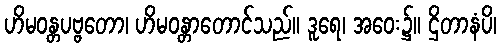
ဟိမဝန္တပဗ္ဗတော၊ ဟိမဝန္တာတောင်သည်။ ဒူရေ၊ အဝေး၌။ ဌိတာနံပိ၊